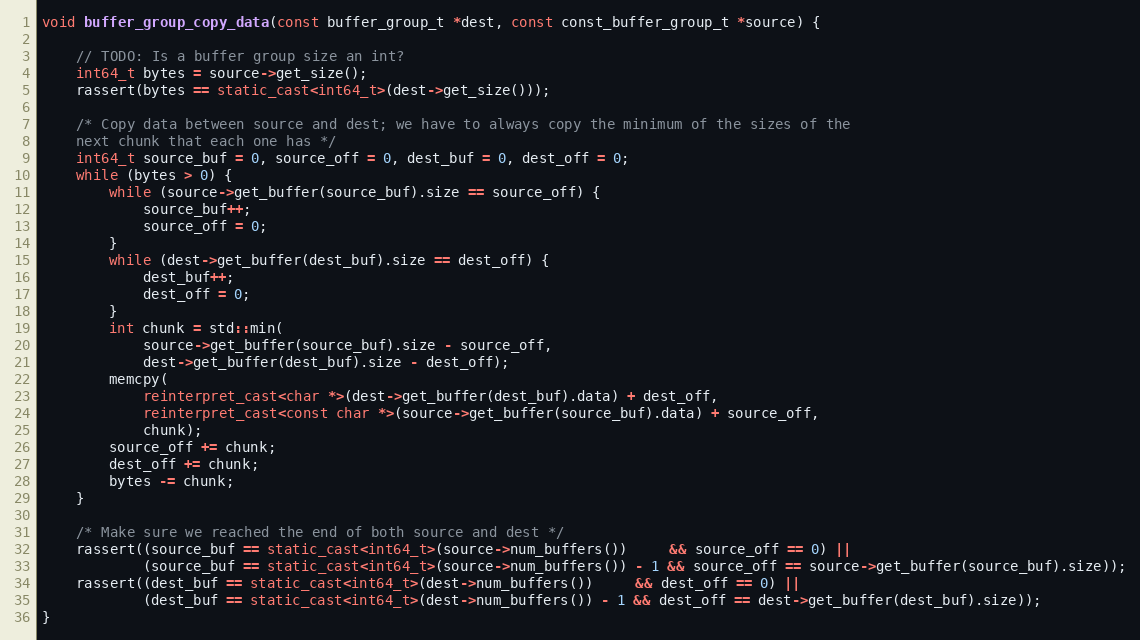
Language: C++
void buffer_group_copy_data(const buffer_group_t *dest, const const_buffer_group_t *source) {

    // TODO: Is a buffer group size an int?
    int64_t bytes = source->get_size();
    rassert(bytes == static_cast<int64_t>(dest->get_size()));

    /* Copy data between source and dest; we have to always copy the minimum of the sizes of the
    next chunk that each one has */
    int64_t source_buf = 0, source_off = 0, dest_buf = 0, dest_off = 0;
    while (bytes > 0) {
        while (source->get_buffer(source_buf).size == source_off) {
            source_buf++;
            source_off = 0;
        }
        while (dest->get_buffer(dest_buf).size == dest_off) {
            dest_buf++;
            dest_off = 0;
        }
        int chunk = std::min(
            source->get_buffer(source_buf).size - source_off,
            dest->get_buffer(dest_buf).size - dest_off);
        memcpy(
            reinterpret_cast<char *>(dest->get_buffer(dest_buf).data) + dest_off,
            reinterpret_cast<const char *>(source->get_buffer(source_buf).data) + source_off,
            chunk);
        source_off += chunk;
        dest_off += chunk;
        bytes -= chunk;
    }

    /* Make sure we reached the end of both source and dest */
    rassert((source_buf == static_cast<int64_t>(source->num_buffers())     && source_off == 0) ||
            (source_buf == static_cast<int64_t>(source->num_buffers()) - 1 && source_off == source->get_buffer(source_buf).size));
    rassert((dest_buf == static_cast<int64_t>(dest->num_buffers())     && dest_off == 0) ||
            (dest_buf == static_cast<int64_t>(dest->num_buffers()) - 1 && dest_off == dest->get_buffer(dest_buf).size));
}